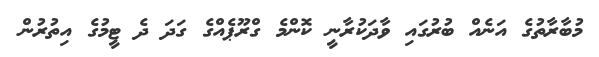
މުބާރާތުގެ އަނެއް ބުރުގައި ވާދަކުރާނީ ކޮންމެ ގްރޫޕެއްގެ ގަދަ ދެ ޓީމުގެ އިތުރުން